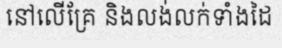
នៅលើគ្រែ និងលង់លក់ទាំងដៃ